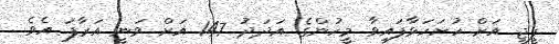
ޕީޖީ އަށް ހުށަހަޅާފައިވާ މީހުންގެ އަދަދު 147 އަށް ވަނީ އަރާފަ އެވެ.